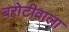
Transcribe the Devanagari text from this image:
बरोटीवाला